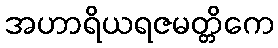
အဟာရိယရဇမတ္တိကေ